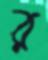
র